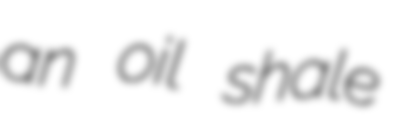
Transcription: an oil shale